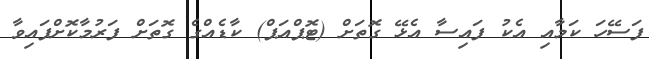
ފަސޭހަ ކަމާއި އެކު ފައިސާ އެޅޭ ގޮތަށް (ޓޮޕްއަޕް) ކާޑެއްގެ ގޮތަށް ފަރުމާކޮށްފައިވާ